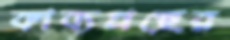
কাব্যগ্রন্থের